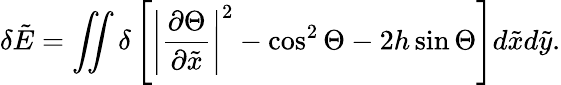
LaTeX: \delta\tilde{E}=\iint\delta\left[\left|\frac{\partial\Theta}{\partial\tilde{x}}\right|^{2}-\cos^{2}\Theta-2h\sin\Theta\right]d\tilde{x}d\tilde{y}.